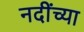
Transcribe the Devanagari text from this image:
नदींच्या